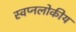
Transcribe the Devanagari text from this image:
स्वप्नलोकीय